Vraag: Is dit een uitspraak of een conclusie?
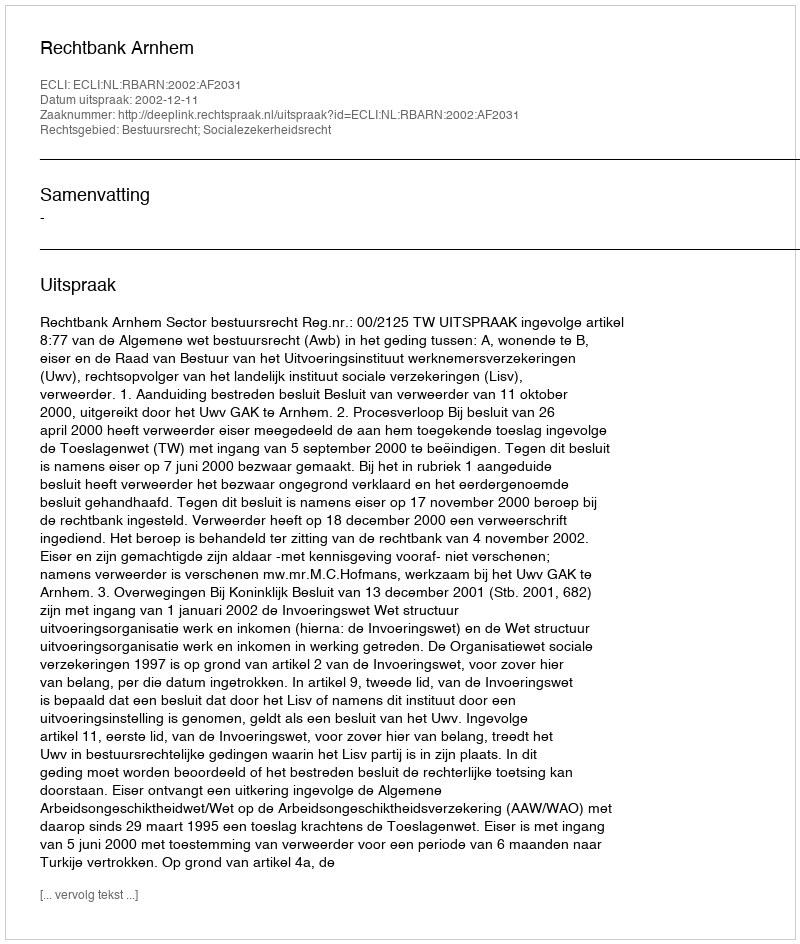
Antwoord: Uitspraak